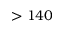
> 1 4 0